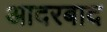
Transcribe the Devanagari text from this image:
आदरबाद